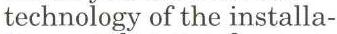
technology of the installa-